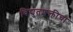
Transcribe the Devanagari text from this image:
विद्युतशक्तीचा